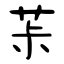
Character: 茮